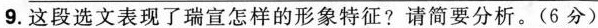
9.这段选文表现了瑞宣怎样的形象特征?请简要分析。(6 分)